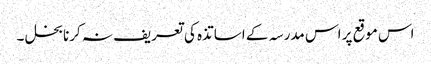
اس موقع پر اس مدرسہ کے اساتذہ کی تعریف نہ کرنا بخل ۔